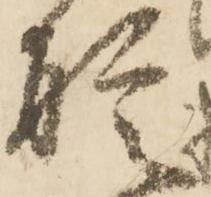
聢